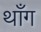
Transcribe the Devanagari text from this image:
थाँग